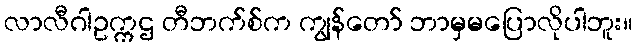
လာလီဂါဥက္ကဌ တီဘက်စ်က ကျွန်တော် ဘာမှမပြောလိုပါဘူး။